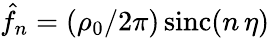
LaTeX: \hat{f}_{n}=(\rho_{0}/2\pi)\, \mathrm{sinc}(n\, \eta)